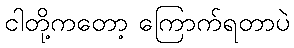
ငါတို့ကတော့ ကြောက်ရတာပဲ